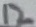
Text: 12